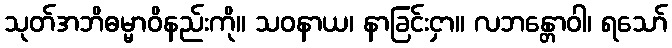
သုတ်အဘိဓမ္မာဝိနည်းကို။ သဝနာယ၊ နာခြင်းငှာ။ လဘန္တောဝါ၊ ရသော်